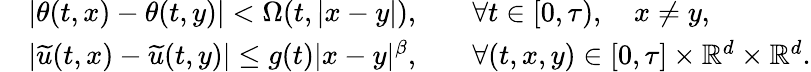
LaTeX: \begin{array}{rlrl}&{|\theta(t,x)-\theta(t,y)|<\Omega(t,|x-y|),}&&{\forall t\in[0,\tau),\quad x\neq y,}\\ &{|\widetilde u(t,x)-\widetilde u(t,y)|\leq g(t)|x-y|^{\beta},}&&{\forall(t,x,y)\in[0,\tau]\times\mathbb{R}^{d}\times\mathbb{R}^{d}.}\end{array}